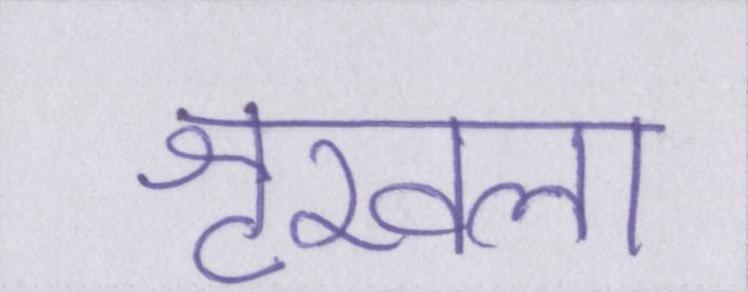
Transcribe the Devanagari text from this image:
शृखला